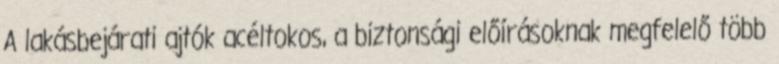
A lakásbejárati ajtók acéltokos, a biztonsági előírásoknak megfelelő több